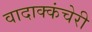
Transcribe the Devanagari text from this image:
वादाक्कंचेरी